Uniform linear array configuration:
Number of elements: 24
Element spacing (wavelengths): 0.5
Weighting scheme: exponential
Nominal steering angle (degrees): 30
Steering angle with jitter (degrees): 28.014
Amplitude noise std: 0.05
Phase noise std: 0.05

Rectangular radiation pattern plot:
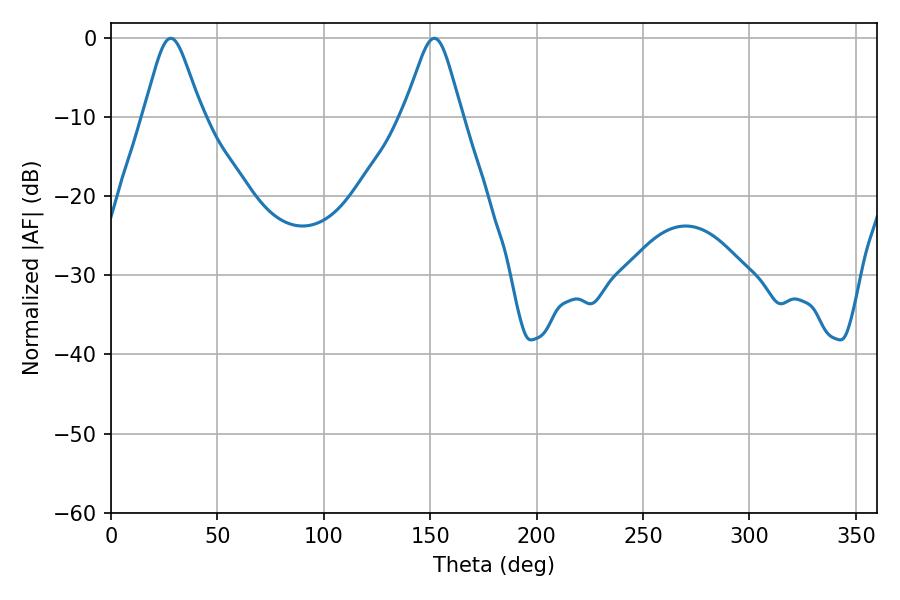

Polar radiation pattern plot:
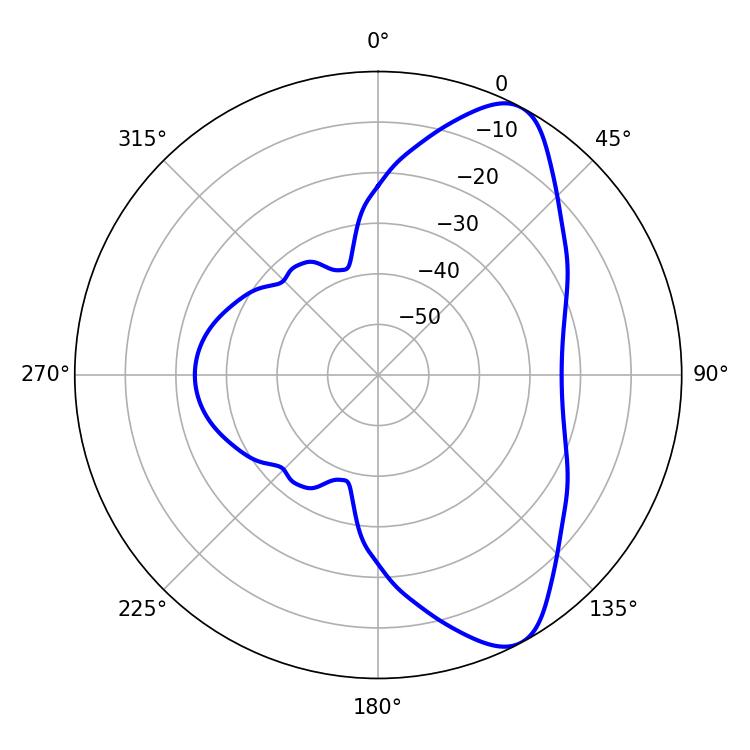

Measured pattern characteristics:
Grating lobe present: FALSE
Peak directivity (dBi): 8.582
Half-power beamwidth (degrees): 13.14
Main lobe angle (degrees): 28.08